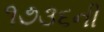
૧૭૩૬ની